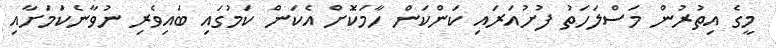
މީގެ އިތުރުން މަސްލަހަތު ފުށުއަރައި ކަންކަން ހާމަކޮަށް އެކަން ކަމުގައި ބައިވެރި ނުވާނެކަމަށާއި